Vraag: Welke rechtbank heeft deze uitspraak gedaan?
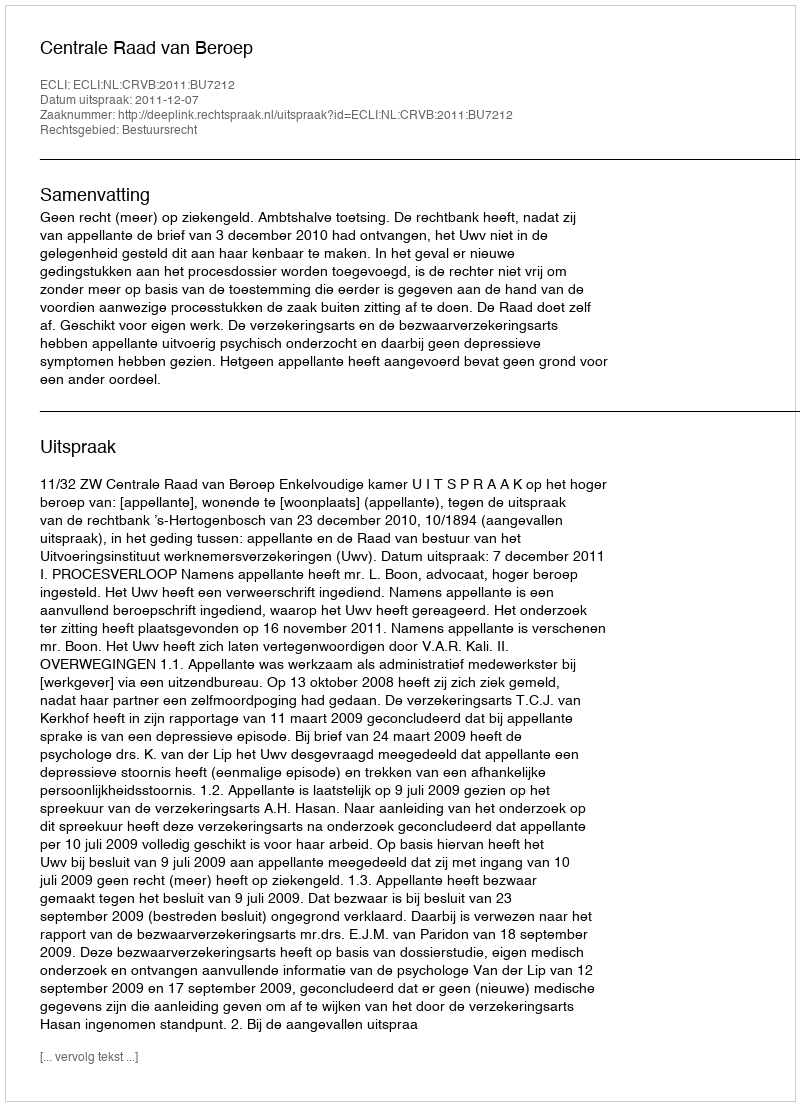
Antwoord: Centrale Raad van Beroep